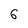
Character: 6